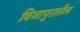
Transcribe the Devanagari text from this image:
विजापुरातील